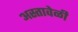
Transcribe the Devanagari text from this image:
अस्तावेळी